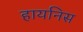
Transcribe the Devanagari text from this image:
हायनिस